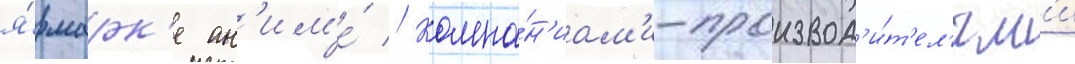
я́рмарк'е ан'им'е́ // Компа́н'иам'и-производ'и́т'ел'ям'и